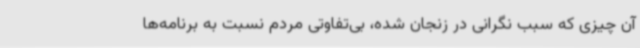
آن چیزی که سبب نگرانی در زنجان شده، بی‌تفاوتی مردم نسبت به برنامه‌ها